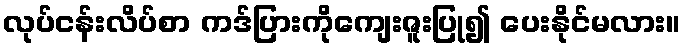
လုပ်ငန်းလိပ်စာ ကဒ်ပြားကိုကျေးဇူးပြု၍ ပေးနိုင်မလား။